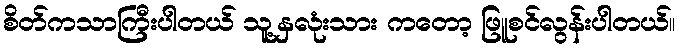
စိတ်ကသာကြီးပါတယ် သူ့နှလုံးသား ကတော့ ဖြူစင်လွန်းပါတယ်။